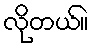
လိုတယ်။